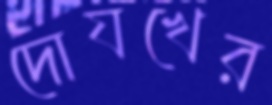
দোযখের